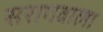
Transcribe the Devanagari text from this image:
सरागवाला